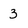
Character: 3